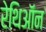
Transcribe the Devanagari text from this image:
रेथिऑन